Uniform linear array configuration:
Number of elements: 32
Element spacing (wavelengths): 0.75
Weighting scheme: cosine
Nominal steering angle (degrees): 45
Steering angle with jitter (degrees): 46.176
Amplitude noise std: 0.05
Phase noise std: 0.05

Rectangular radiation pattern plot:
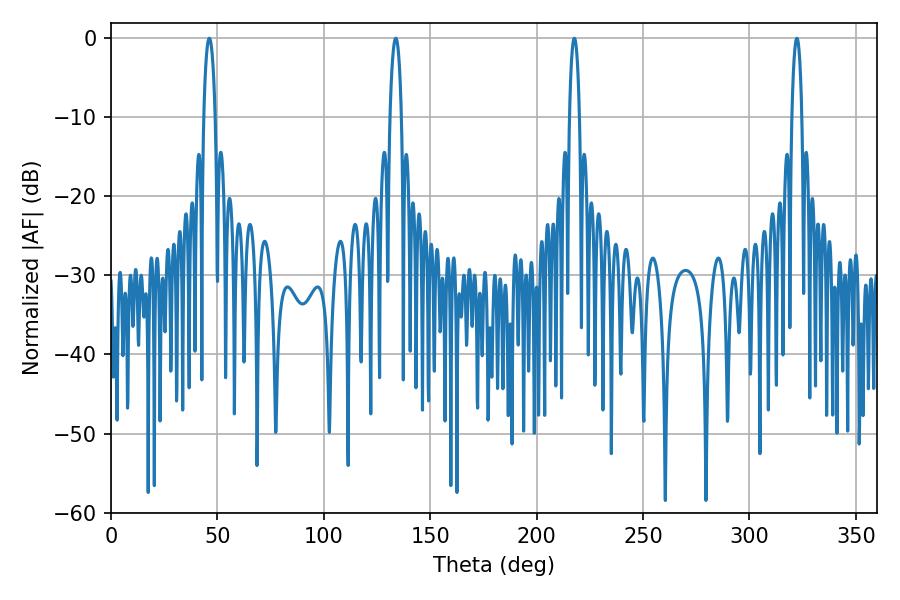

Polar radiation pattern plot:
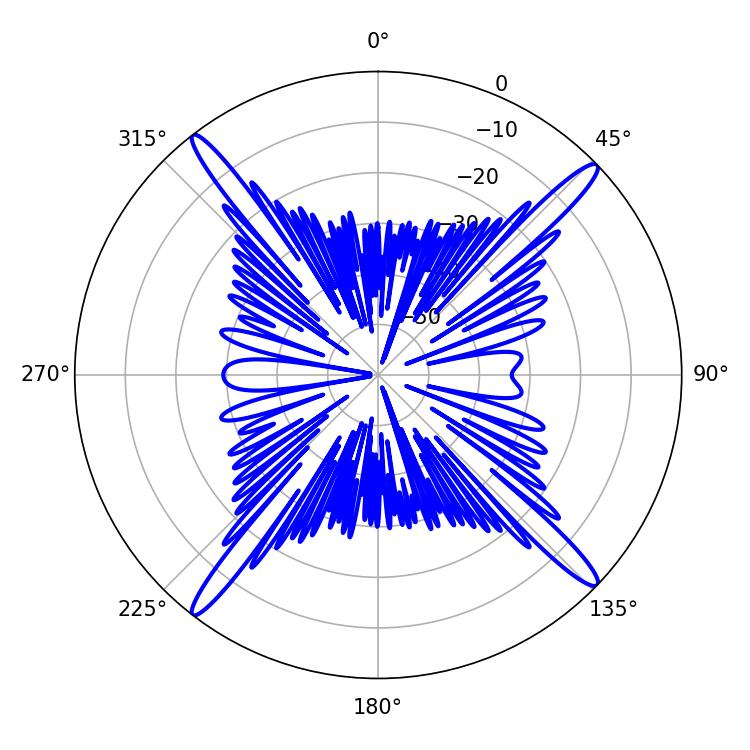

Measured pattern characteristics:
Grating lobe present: TRUE
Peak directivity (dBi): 19.495
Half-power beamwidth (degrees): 3.06
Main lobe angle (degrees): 46.26